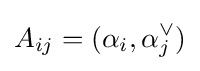
A_{ij}=(\alpha _{i},\alpha _{j}^{\vee })